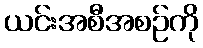
ယင်းအစီအစဉ်ကို